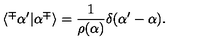
\langle ^ { \mp } \alpha ^ { \prime } | \alpha ^ { \mp } \rangle = \frac { 1 } { \rho ( \alpha ) } \delta ( \alpha ^ { \prime } - \alpha ) .